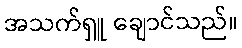
အသက်ရှူ ချောင်သည်။